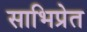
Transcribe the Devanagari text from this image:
साभिप्रेत